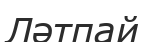
Ләтпай